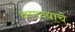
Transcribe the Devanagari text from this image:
वणव्याचे